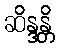
ဆိန္ဒန္တိ